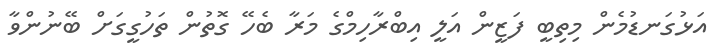
އަޅުގަނޑުމެން މިތިބީ ފަޒީން އަލީ އިބްރާހިމްގެ މަރާ ބެހޭ ގޮތުން ތަހުގީގަށް ބޭނުންވާ